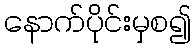
နောက်ပိုင်းမှစ၍